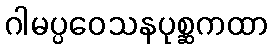
ဂါမပ္ပဝေသနပုစ္ဆကထာ